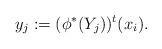
LaTeX: \begin{align*}y_j:=(\phi^*(Y_j))^t(x_i).\end{align*}